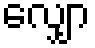
လျှော